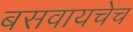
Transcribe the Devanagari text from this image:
बसवायचेच